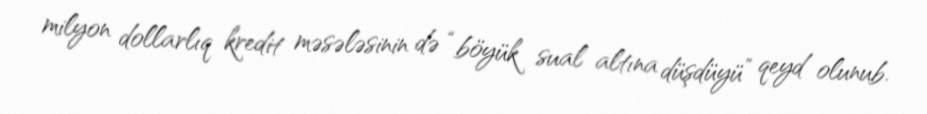
milyon dollarlıq kredit məsələsinin də “böyük sual altına düşdüyü” qeyd olunub.